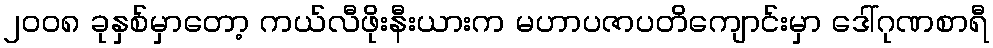
၂၀၀၈ ခုနှစ်မှာတော့ ကယ်လီဖိုးနီးယားက မဟာပဇာပတိကျောင်းမှာ ဒေါ်ဂုဏစာရီ